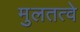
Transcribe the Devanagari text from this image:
मुलतत्वे